Malaria in India - Number 2
Disease focus: Malaria
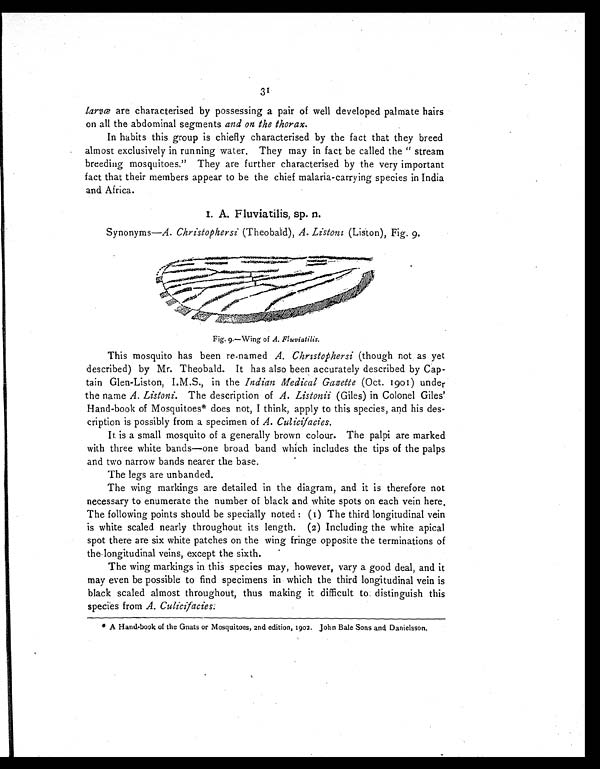
31
larvœ are characterised by possessing a pair of well developed palmate hairs
on all the abdominal segments and on the thorax.
In habits this group is chiefly characterised by the fact that they breed
almost exclusively in running water. They may in fact be called the "stream
breeding mosquitoes." They are further characterised by the very important
fact that their members appear to be the chief malaria-carrying species in India
and Africa.
I. A. Fluviatilis, sp. n.
Synonyms—A. Christophersi (Theobald), A. Listoni (Liston), Fig. 9.
Fig. 9.—Wing of A. Fluviatilis.
This mosquito has been re-named A. Christophersi (though not as yet
described) by Mr. Theobald. It has also been accurately described by Cap-
- t a i n G l e n - L i s t o n , I . M . S . , i n t h eI
n d i a n M e d i c a l G a z e t t e
( O c t . 1 9 0 1 ) u n d e r
the name A. Listoni. The description of A. Listonii (Giles) in Colonel Giles'
Hand-book of Mosquitoes* does not, I think, apply to this species, and his des--
cription is possibly from a specimen of A. Culicifacies.
It is a small mosquito of a generally brown colour. The palpi are marked
with three white bands—one broad band which includes the tips of the palps
and two narrow bands nearer the base.
The legs are unbanded.
The wing markings are detailed in the diagram, and it is therefore not
necessary to enumerate the number of black and white spots on each vein here.
The following points should be specially noted : (1) The third longitudinal vein
is white scaled nearly throughout its length. (2) Including the white apical
spot there are six white patches on the wing fringe opposite the terminations of
the longitudinal veins, except the sixth.
The wing markings in this species may, however, vary a good deal, and it
may even be possible to find specimens in which the third longitudinal vein is
black scaled almost throughout, thus making it difficult to distinguish this
species from A. Culicifacies.
* A Hand-book of the Gnats or Mosquitoes, 2nd edition, 1902. John Bale Sons and Danielsson.